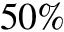
5 0 \%